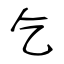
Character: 乞